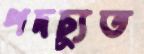
পদচ্যুত